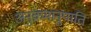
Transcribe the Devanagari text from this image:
अनुक्रमानुपाति